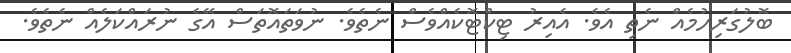
ބޮލުގަރިހުމެއް ނެތި އެވެ. އެއިރު ޓިކްޓޮކެއްވެސް ނެތެވެ. ނުވަތައޮތަސް އޭގެ ނުރައްކަލެއް ނެތެވެ.